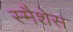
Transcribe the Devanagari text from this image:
स्मैशेस